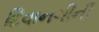
દિવાનગીની